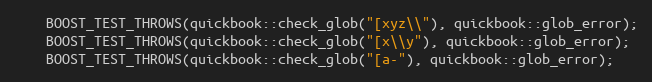
Language: C++
    BOOST_TEST_THROWS(quickbook::check_glob("[xyz\\"), quickbook::glob_error);
    BOOST_TEST_THROWS(quickbook::check_glob("[x\\y"), quickbook::glob_error);
    BOOST_TEST_THROWS(quickbook::check_glob("[a-"), quickbook::glob_error);